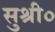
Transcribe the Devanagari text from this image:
सुश्री०